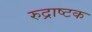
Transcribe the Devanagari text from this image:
रुद्राष्टक